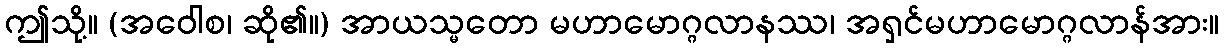
ဤသို့။ (အဝေါစ၊ ဆို၏။) အာယသ္မတော မဟာမောဂ္ဂလာနဿ၊ အရှင်မဟာမောဂ္ဂလာန်အား။